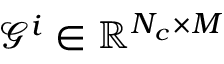
\mathcal { G } ^ { i } \in \mathbb { R } ^ { N _ { c } \times M }